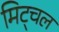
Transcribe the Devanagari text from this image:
मिट्चल